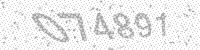
Solution: 074891